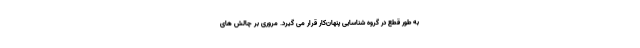
به طور قطع در گروه شناسایی پنهان‌کار قرار می گیرد. مروری بر چالش های